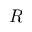
R